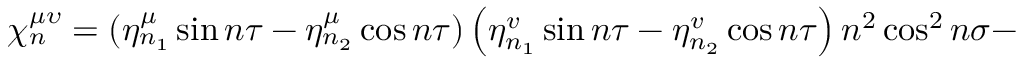
{ \ \chi _ { n } ^ { \mu \upsilon } = \left( \eta _ { n _ { 1 } } ^ { \mu } \sin n \tau - \eta _ { n _ { 2 } } ^ { \mu } \cos n \tau \right) \left( \eta _ { n _ { 1 } } ^ { v } \sin n \tau - \eta _ { n _ { 2 } } ^ { v } \cos n \tau \right) n ^ { 2 } \cos ^ { 2 } n \sigma - }